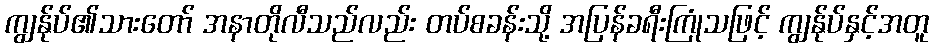
ကျွန်ုပ်၏သားတော် အနာတိုလီသည်လည်း တပ်စခန်းသို့ အပြန်ခရီးကြုံသဖြင့် ကျွန်ုပ်နှင့်အတူ